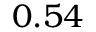
0 . 5 4